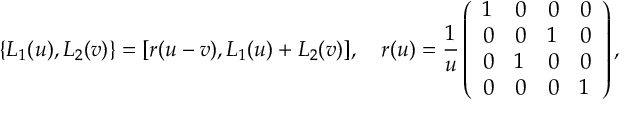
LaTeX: \{ L _ { 1 } ( u ) , L _ { 2 } ( v ) \} = [ r ( u - v ) , L _ { 1 } ( u ) + L _ { 2 } ( v ) ] , \quad r ( u ) = { \frac { 1 } { u } } \left( \begin{array} { l l l l } { { 1 } } & { { 0 } } & { { 0 } } & { { 0 } } \\ { { 0 } } & { { 0 } } & { { 1 } } & { { 0 } } \\ { { 0 } } & { { 1 } } & { { 0 } } & { { 0 } } \\ { { 0 } } & { { 0 } } & { { 0 } } & { { 1 } } \end{array} \right) ,